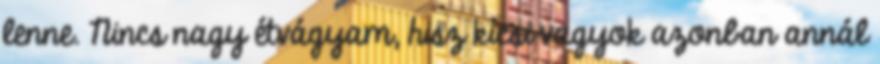
lenne. Nincs nagy étvágyam, hisz kicsi vagyok azonban annál